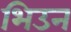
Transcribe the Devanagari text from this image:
भिउन